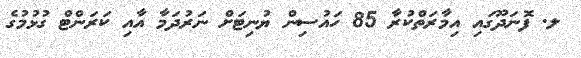
ލ. ފޮނަދޫގައި އިމާރަތްކުރާ 85 ހައުސިން ޔުނިޓަށް ނަރުދަމާ އާއި ކަރަންޓް ގުޅުމުގެ